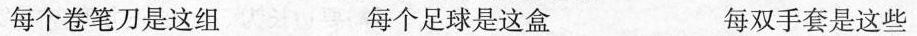
每个卷笔刀是这组 每个足球是这盒 每双手套是这些